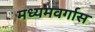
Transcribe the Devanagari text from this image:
मध्यमवर्गास